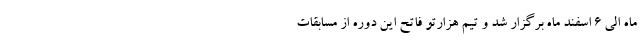
ماه الی 6 اسفند ماه برگزار شد و تیم هزارتو فاتح این دوره از مسابقات